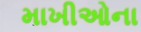
માખીઓના